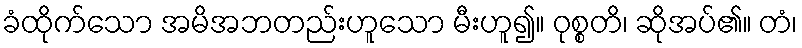
ခံထိုက်သော အမိအဘတည်းဟူသော မီးဟူ၍။ ဝုစ္စတိ၊ ဆိုအပ်၏။ တံ၊